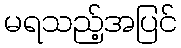
မရသည့်အပြင်